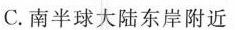
C.南半球大陆东岸附近